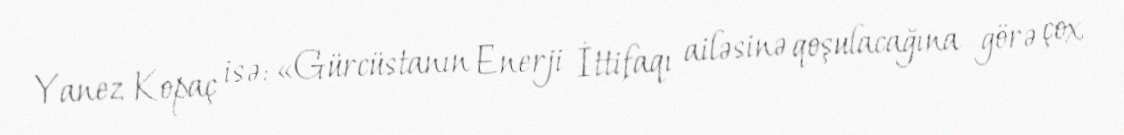
Yanez Kopaç isə: «Gürcüstanın Enerji İttifaqı ailəsinə qoşulacağına görə çox